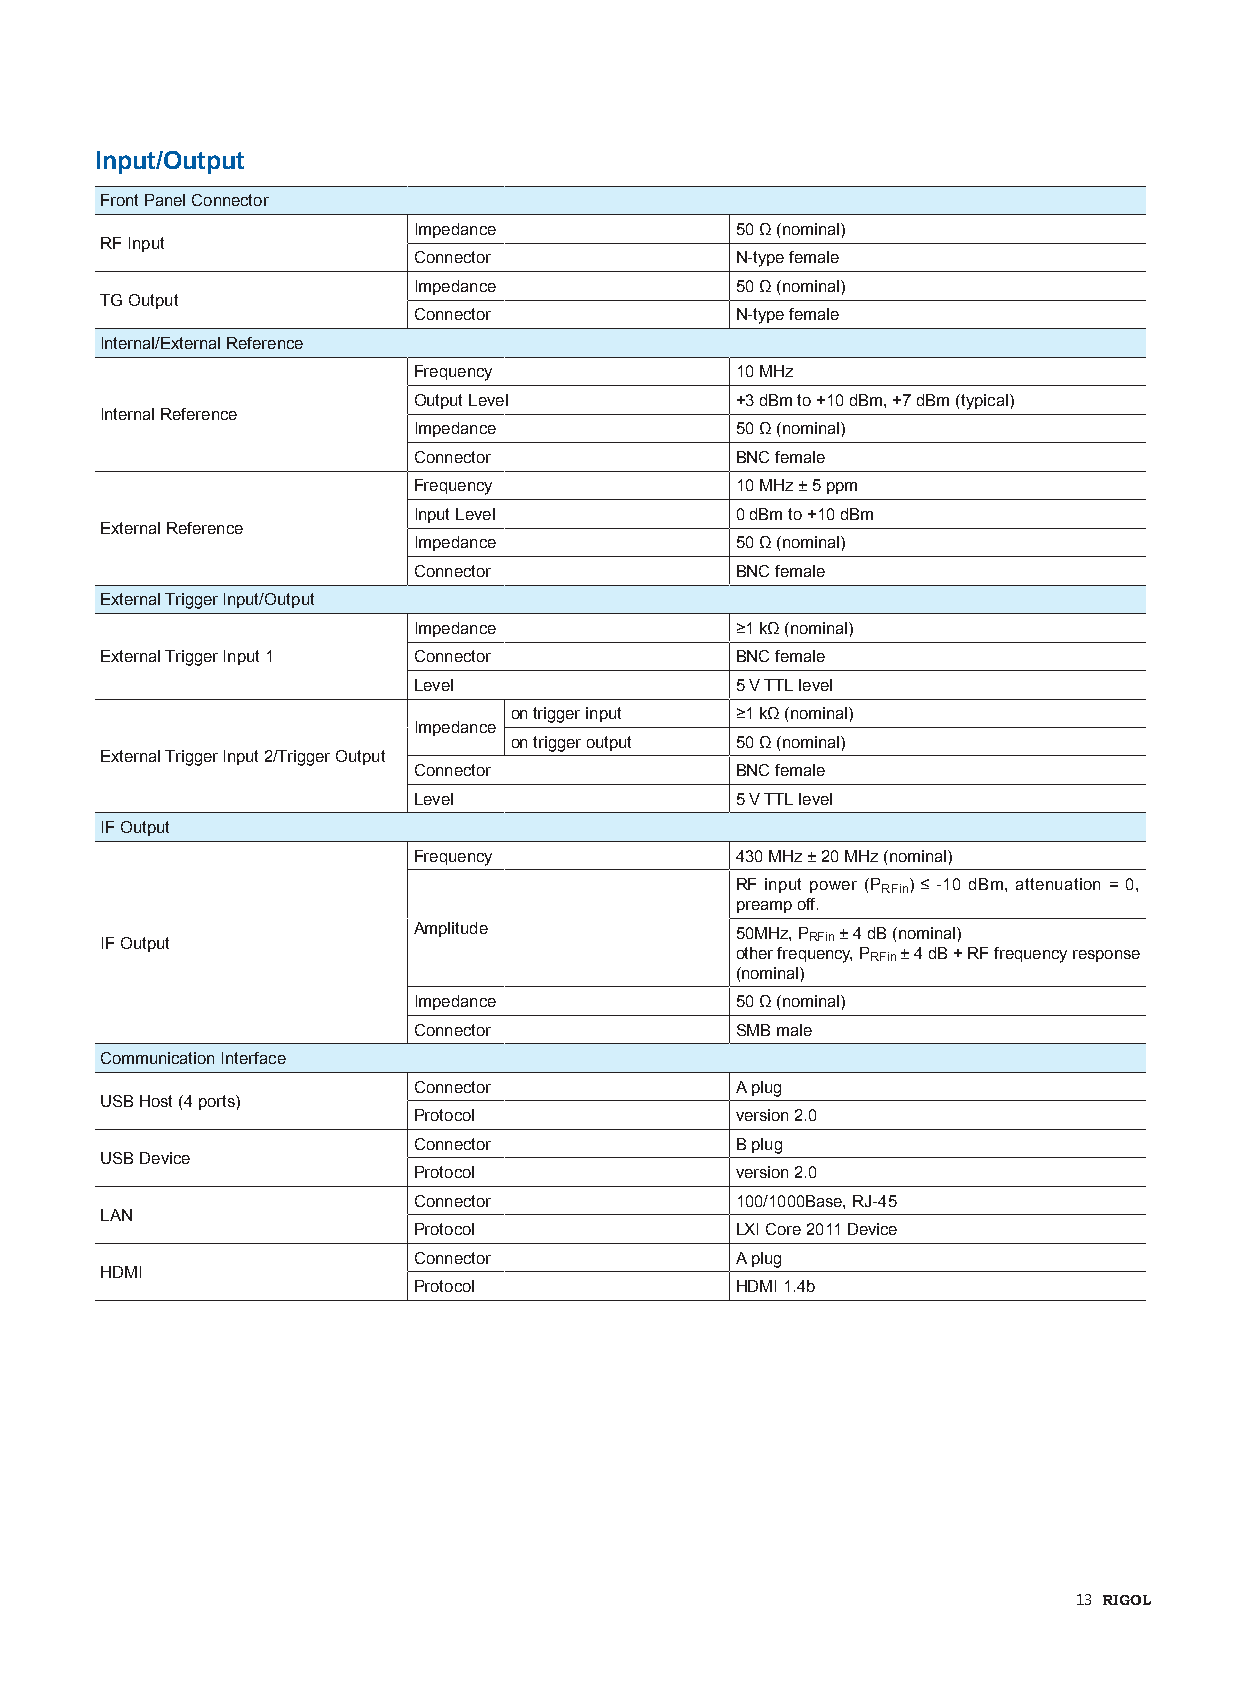
Input/Output
 Front Panel Connector
 Impedance             50 Ω (nominal)
 RF Input
 Connector             N-type female
 Impedance             50 Ω (nominal)
 TG Output
 Connector             N-type female
 Internal/External Reference
 Frequency             10 MHz
 Output Level          +3 dBm to +10 dBm, +7 dBm (typical)
 Internal Reference
 Impedance             50 Ω (nominal)
 Connector             BNC female
 Frequency             10 MHz ± 5 ppm
 Input Level           0 dBm to +10 dBm
 External Reference
 Impedance             50 Ω (nominal)
 Connector             BNC female
 External Trigger Input/Output
 Impedance             ≥1 kΩ (nominal)
 External Trigger Input 1 Connector        BNC female
 Level                 5 V TTL level
 on trigger input ≥1 kΩ (nominal)
 Impedance
 on trigger output 50 Ω (nominal)
 External Trigger Input 2/Trigger Output
 Connector             BNC female
 Level                 5 V TTL level
 IF Output
 Frequency             430 MHz ± 20 MHz (nominal)
 RF input power (PRFin) ≤ -10 dBm, attenuation = 0,
 preamp off.
 IF Output
 Amplitude             50MHz, PRFin ± 4 dB (nominal)
 other frequency, PRFin ± 4 dB + RF frequency response
 (nominal)
 Impedance             50 Ω (nominal)
 Connector             SMB male
 Communication Interface
 Connector             A plug
 USB Host (4 ports)
 Protocol              version 2.0
 Connector             B plug
 USB Device
 Protocol              version 2.0
 Connector             100/1000Base, RJ-45
 LAN
 Protocol              LXI Core 2011 Device
 Connector             A plug
 HDMI
 Protocol              HDMI 1.4b
 13 RIGOL